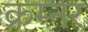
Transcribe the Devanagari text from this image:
क्रम्नर